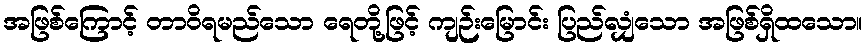
အဖြစ်ကြောင့် တာဝိရမည်သော ရေတို့ဖြင့် ကျဉ်းမြောင်း ပြည်လျှံသော အဖြစ်ရှိထသော။